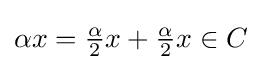
\alpha x={\tfrac {\alpha }{2}}x+{\tfrac {\alpha }{2}}x\in C